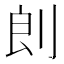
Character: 剆